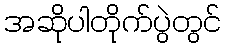
အဆိုပါတိုက်ပွဲတွင်